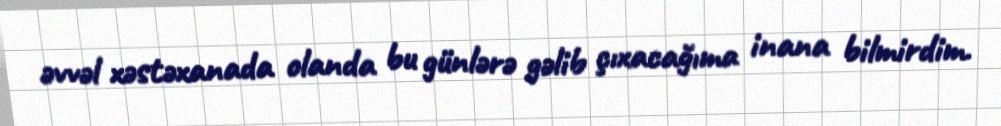
əvvəl xəstəxanada olanda bu günlərə gəlib çıxacağıma inana bilmirdim.